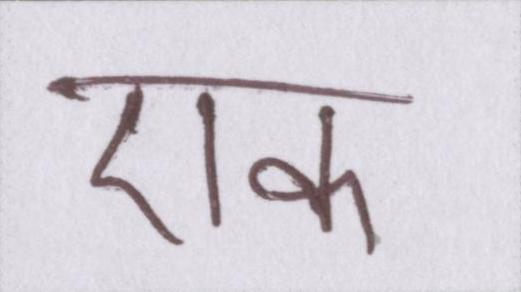
एक